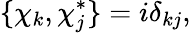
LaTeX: \{ \chi_{k},\chi_{j}^{*}\} =i\delta_{kj},